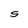
Character: S